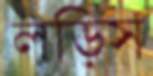
লড়িস